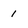
Character: 1